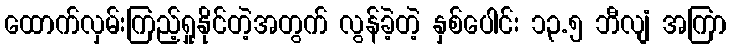
ထောက်လှမ်းကြည့်ရှုနိုင်တဲ့အတွက် လွန်ခဲ့တဲ့ နှစ်ပေါင်း ၁၃.၅ ဘီလျံ အကြာ